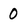
Character: 0